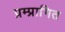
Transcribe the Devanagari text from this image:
प्रम्प्रागित